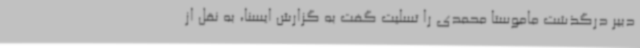
دبیر درگذشت ماموستا محمدی را تسلیت گفت به گزارش ایسنا، به نقل از